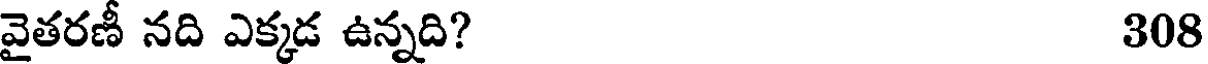
వైతరణీ నది ఎక్కడ ఉన్నది? 308